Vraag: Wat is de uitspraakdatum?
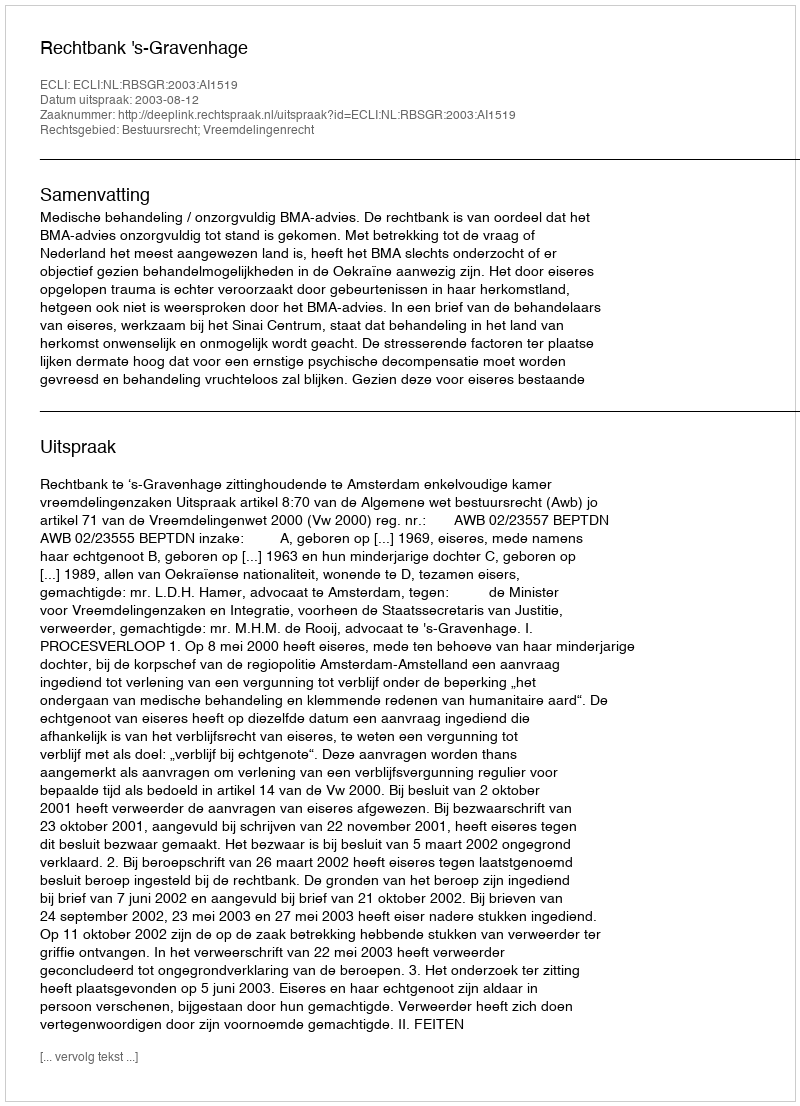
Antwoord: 2003-08-12